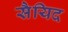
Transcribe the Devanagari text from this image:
सैयिद